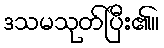
ဒသမသုတ်ပြီး၏။